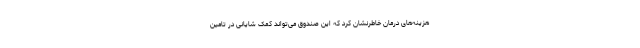
هزینه‌های درمان خاطرنشان کرد که این صندوق می‌تواند کمک شایانی در تامین